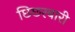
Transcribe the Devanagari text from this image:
छिछरबारी